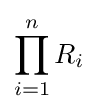
\prod _{i=1}^{n}R_{i}